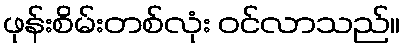
ဖုန်းစိမ်းတစ်လုံး ဝင်လာသည်။